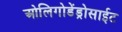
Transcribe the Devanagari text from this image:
ओलिगोडेंड्रोसाईट